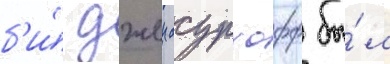
б'и́ джеи сурхофф бы́л